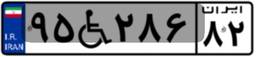
۹۵W۲۸۶۸۲